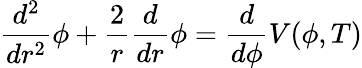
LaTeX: {\frac{d^{2}}{dr^{2}}}\phi+{\frac{2}{r}}{\frac{d}{dr}}\phi={\frac{d}{d\phi}}V(\phi,T)